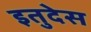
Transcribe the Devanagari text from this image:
इतुदेस